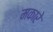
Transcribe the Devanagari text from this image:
मकारे